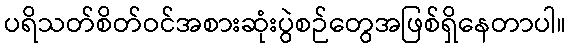
ပရိသတ်စိတ်ဝင်အစားဆုံးပွဲစဉ်တွေအဖြစ်ရှိနေတာပါ။